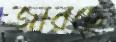
জারছে